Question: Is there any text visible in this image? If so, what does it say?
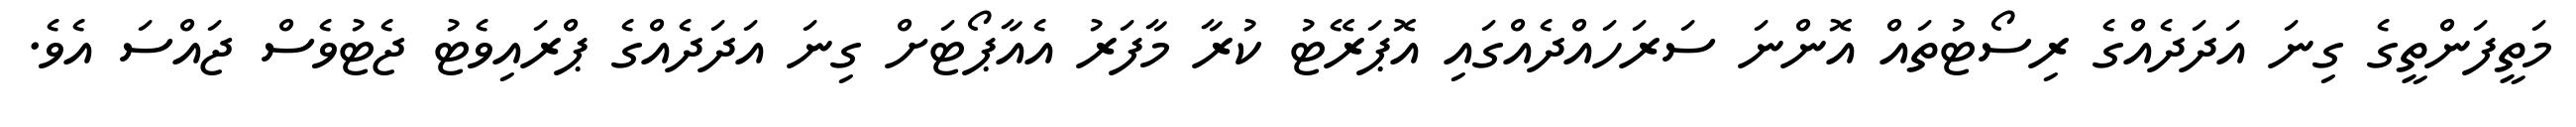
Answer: މަތީފަންތީގެ ގިނަ އަދަދެއްގެ ރިސޯޓުތައް އޮންނަ ސަރަހައްދެއްގައި އޮޕަރޭޓު ކުރާ މާފަރު އެއާޕޯޓަށް ގިނަ އަދަދެއްގެ ޕްރައިވެޓު ޖެޓުވެސް ޖައްސަ އެވެ.